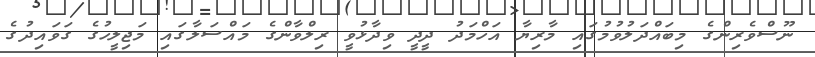
ނޫސްވެރިންގެ މިބައްދަލުވުމުގައި މާރިޔާ އަހްމަދު ދީދީ ވިދާޅުވީ ރިލްވާންގެ މައްސަލާގައި މަޖިލީހުގެ ގަވައިދުގެ